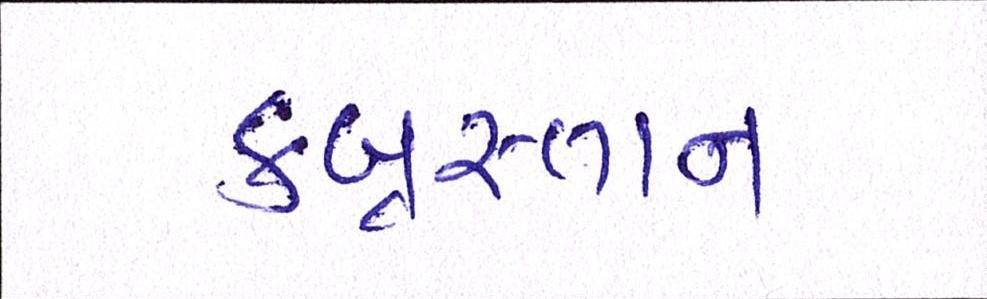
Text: કબ્રસ્તાન